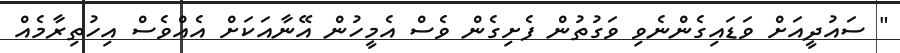
" ސައުދީއަށް ވަޑައިގެންނެވި ވަގުތުން ފެށިގެން ވެސް އެމީހުން އޭނާއަކަށް އެއްވެސް އިހުތިރާމެއް